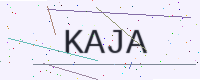
Text: KAJA